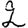
Digit: 2